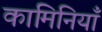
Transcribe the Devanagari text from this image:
कामिनियाँ